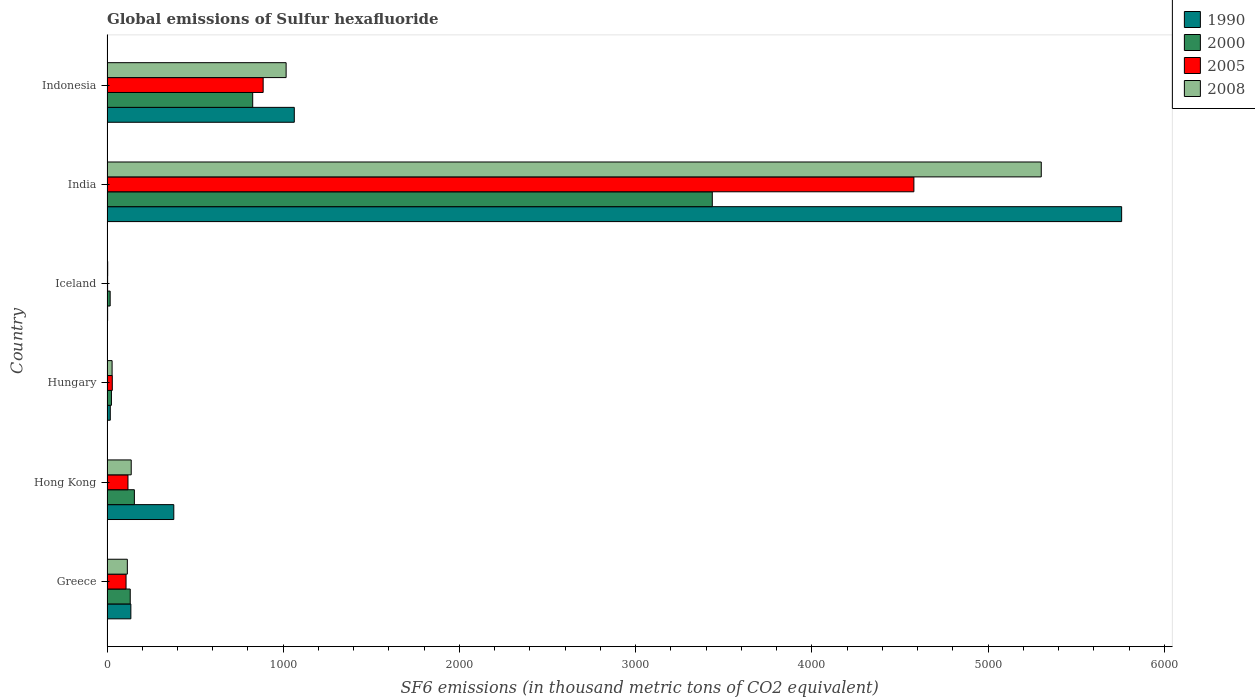
| Country | 1990 | 2000 | 2005 | 2008 |
 | --- | --- | --- | --- | --- |
 | Greece | 135 | 132 | 108 | 115 |
 | Hong Kong | 379 | 155 | 119 | 137 |
 | Hungary | 18.6 | 25.2 | 30 | 28.9 |
 | Iceland | 3.5 | 17.9 | 3.5 | 4 |
 | India | 5.76e+03 | 3.43e+03 | 4.58e+03 | 5.3e+03 |
 | Indonesia | 1.06e+03 | 827 | 886 | 1.02e+03 |